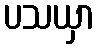
ပသယှာ